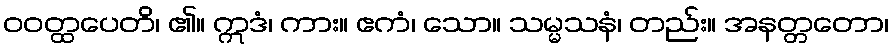
ဝဝတ္ထပေတိ၊ ၏။ ဣဒံ၊ ကား။ ဧကံ၊ သော။ သမ္မသနံ၊ တည်း။ အနတ္တတော၊